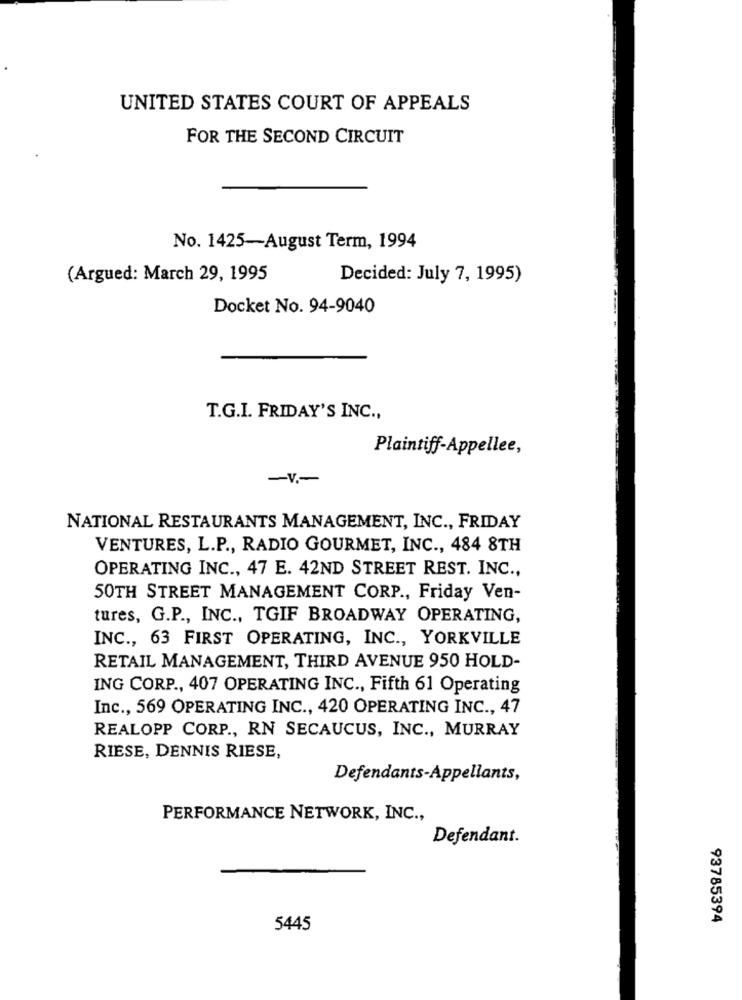
UNITED STATES COURT OF APPEALS
FOR THE SECOND CIRCUIT
No. 1425-August Term, 1994
(Argued: March 29, 1995
Decided: July 7, 1995)
Docket No. 94-9040
T.G.I. FRIDAY'S INC .,
Plaintiff-Appellee,
-V .-
NATIONAL RESTAURANTS MANAGEMENT, INC ., FRIDAY
VENTURES, L.P ., RADIO GOURMET, INC ., 484 8TH
OPERATING INC ., 47 E. 42ND STREET REST. INC .,
50TH STREET MANAGEMENT CORP ., Friday Ven-
tures, G.P ., INC ., TGIF BROADWAY OPERATING,
INC ., 63 FIRST OPERATING, INC ., YORKVILLE
RETAIL MANAGEMENT, THIRD AVENUE 950 HOLD-
ING CORP ., 407 OPERATING INC ., Fifth 61 Operating
Inc ., 569 OPERATING INC ., 420 OPERATING INC ., 47
REALOPP CORP ., RN SECAUCUS, INC ., MURRAY
RIESE, DENNIS RIESE,
Defendants-Appellants,
PERFORMANCE NETWORK, INC .,
Defendant.
93785394
5445